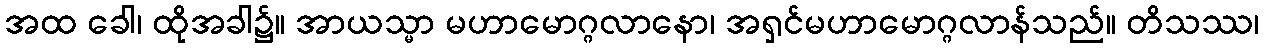
အထ ခေါ၊ ထိုအခါ၌။ အာယသ္မာ မဟာမောဂ္ဂလာနော၊ အရှင်မဟာမောဂ္ဂလာန်သည်။ တိသဿ၊